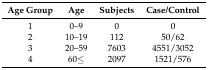
| Age Group | Age | Subjects | Case/Control |
 | --- | --- | --- | --- |
 | 1 | 0–9 | 0 | 0 |
 | 2 | 10–19 | 112 | 50/62 |
 | 3 | 20–59 | 7603 | 4551/3052 |
 | 4 | 60≤ | 2097 | 1521/576 |